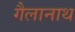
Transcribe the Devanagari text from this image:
गैलानाथ